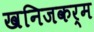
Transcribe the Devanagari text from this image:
खनिजकर्म